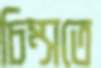
চিম্‌সতে